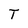
Character: T